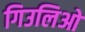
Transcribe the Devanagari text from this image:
गिउलिओ